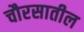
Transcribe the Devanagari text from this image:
चौरसातील